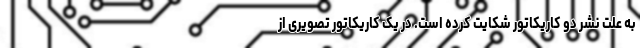
به علت نشر دو کاریکاتور شکایت کرده است. در یک کاریکاتور تصویری از